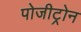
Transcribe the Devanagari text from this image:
पोजीट्रोन